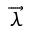
\overrightarrow { \lambda }